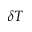
\delta T